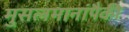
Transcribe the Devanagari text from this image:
मुसलमानांपैकी